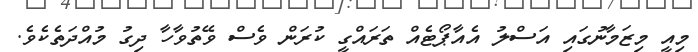
މިއީ މިޒަމާނުގައި އަސްލު އެއާޕޯޓެއް ތަރައްގީ ކުރަން ވެސް ވޭތުވާހާ ދިގު މުއްދަތެެކެވެ.